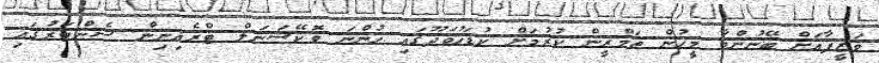
ވަޒީފާއަށް ބޭނުންވާ މީހުން ތަމްރީން ކުރުމަށް ކުޑަހުވަދޫގައި ހުންނަ ވޮކޭޝަނަލް ޓްރެއިނިން ސެންޓަރުގައި